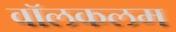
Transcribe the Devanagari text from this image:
वॉलकलम